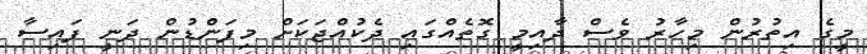
މީގެ އިތުރުން މިހާރު ވެސް ދާއިމީ ގޮތެއްގައި ދެކުއްޖަކަށް މިފަންޑުން ދަނީ ފައިސާ